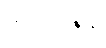
ဆရာဝန်နဲ့